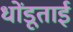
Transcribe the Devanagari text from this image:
धोंडूताई